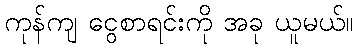
ကုန်ကျ ငွေစာရင်းကို အခု ယူမယ်။